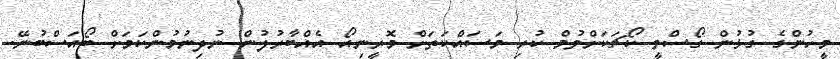
މީހުންގެ ގުޅުން ގޯސްވީ ކޯޗަކަށްވުމް ކުރި މަސައްކަތަށް މޮރީނިއޯ އެއްބާރުލުން ނުދިނުމުންކަމަށް ބޯއަސްބުނޭ.